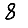
Digit: 8